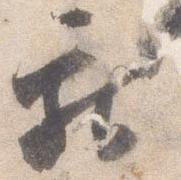
献